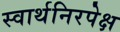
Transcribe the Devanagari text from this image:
स्वार्थनिरपेक्ष